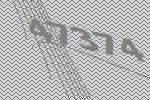
47374